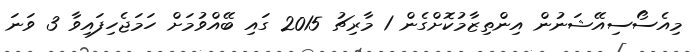
މިއެސޯސިއޭޝަނުން އިންތިޒާމުކޮށްގެން 1 މާރިޗު 2015 ގައި ބޭއްވުމަށް ހަމަޖެހިފައިވާ 3 ވަނަ